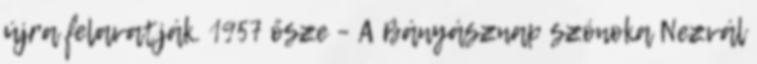
újra felavatják. 1957 ősze – A Bányásznap szónoka Nezvál